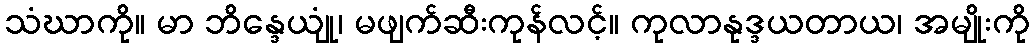
သံဃာကို။ မာ ဘိန္ဒေယျုံ၊ မဖျက်ဆီးကုန်လင့်။ ကုလာနုဒ္ဒယတာယ၊ အမျိုးကို